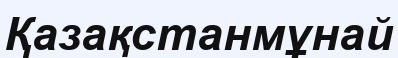
Қазақстанмұнай